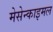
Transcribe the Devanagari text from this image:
मेसेन्काइमल